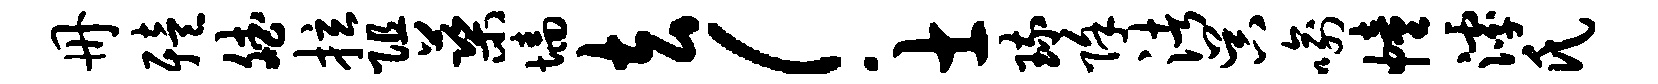
册殪斌拉阻蕖墙去！士琉除渚吴喻幢滹氏